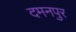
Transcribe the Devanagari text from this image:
दमनपुर